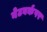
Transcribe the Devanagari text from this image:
नेटवर्कपर